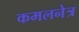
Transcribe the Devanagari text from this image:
कमलनेत्र